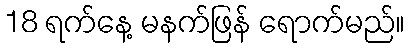
18 ရက်နေ့ မနက်ဖြန် ရောက်မည်။